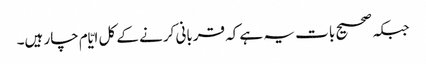
جبکہ صحیح بات یہ ہے کہ قربانی کرنے کے کل ایّام چار ہیں۔